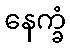
နေက္ခံ